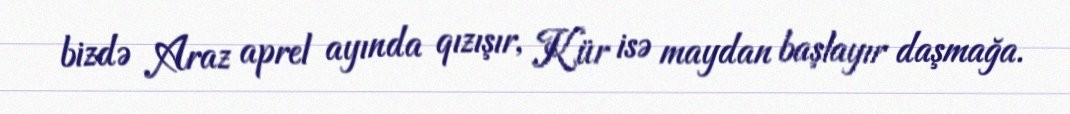
bizdə Araz aprel ayında qızışır, Kür isə maydan başlayır daşmağa.